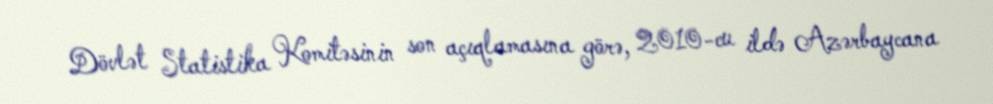
Dövlət Statistika Komitəsinin son açıqlamasına görə, 2010-cu ildə Azərbaycana